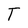
Character: T